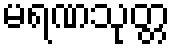
မရဏသုတ္တ